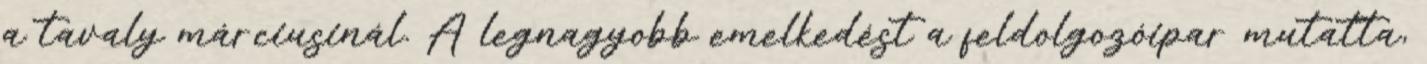
a tavaly márciusinál. A legnagyobb emelkedést a feldolgozóipar mutatta,